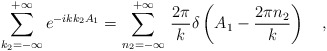
\begin{align*}\sum_{k_2=-\infty}^{+\infty}e^{-ikk_2A_1}=\sum_{n_2=-\infty}^{+\infty}\,\frac{2\pi}{k}\delta\left(A_1-\frac{2\pi n_2}{k}\right)\ \ \ ,\end{align*}